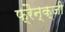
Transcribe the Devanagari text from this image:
फ्रैन्क्जी